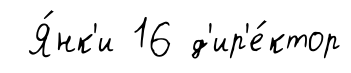
Я́нк'и 16 д'ир'е́ктор